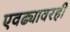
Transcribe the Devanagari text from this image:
एवढ्यावरही